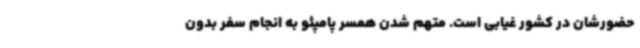
حضورشان در کشور غیابی است. متهم شدن همسر پامپئو به انجام سفر بدون